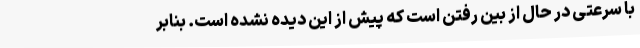
با سرعتی در حال از بین رفتن است که پیش از این دیده نشده است. بنابر